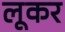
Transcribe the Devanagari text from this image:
लूकर